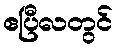
ဧပြီလတွင်